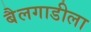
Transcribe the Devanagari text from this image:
बैलगाडीला